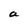
Character: a